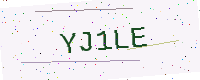
Text: YJ1LE